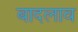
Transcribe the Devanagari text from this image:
बादलाव